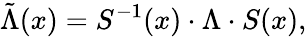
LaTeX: \tilde{\Lambda}(x)=S^{-1}(x)\cdot\Lambda\cdot S(x),